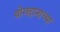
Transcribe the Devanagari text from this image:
योगदानाच्या